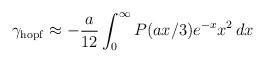
\begin{align*}\gamma_{\rm hopf}\approx-\frac{a}{12}\int_0^\infty P(ax/3)e^{-x}x^2\,dx\end{align*}